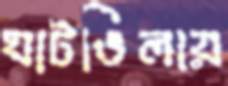
ঘাটভিলায়